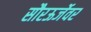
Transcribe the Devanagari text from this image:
सौरऊर्जेवर